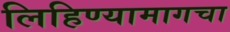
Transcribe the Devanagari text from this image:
लिहिण्यामागचा